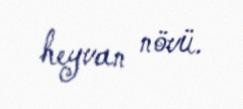
heyvan növü.